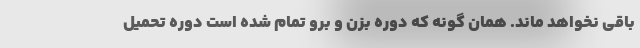
باقی نخواهد ماند. همان گونه که دوره بزن و برو تمام شده است دوره تحمیل